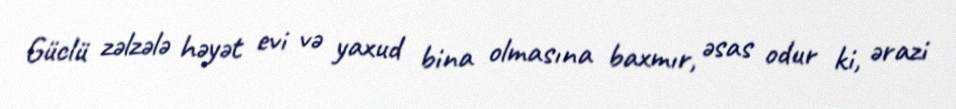
Güclü zəlzələ həyət evi və yaxud bina olmasına baxmır, əsas odur ki, ərazi